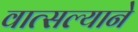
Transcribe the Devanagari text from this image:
वात्सल्याने